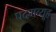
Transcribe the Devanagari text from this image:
पदमव्यूह